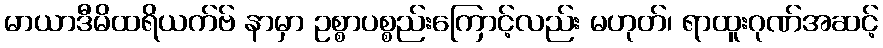
မာယာဒီမိထရိယက်ဗ် နာမှာ ဥစ္စာပစ္စည်းကြောင့်လည်း မဟုတ်၊ ရာထူးဂုဏ်အဆင့်